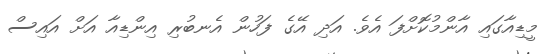
މީޑިއާގައި އާންމުކޮށްފަ އެވެ. އަދި އޭގެ ފަހުން އެނބުރި އިންޑިއާ އަށް އައިސް